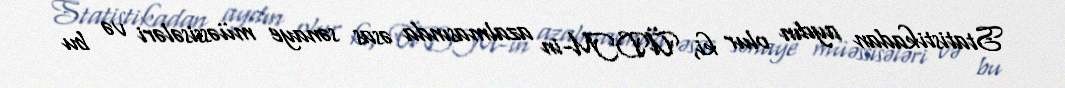
Statistikadan aydın olur ki, ÜDM-in azalmasında əsas sənaye müəssisələri və bu